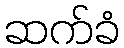
ဆက်ခံ